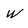
Character: W